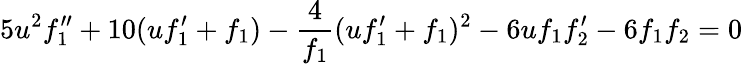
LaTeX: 5u^{2}f_{1}^{\prime\prime}+10(uf_{1}^{\prime}+f_{1})-\frac{4}{f_{1}}(uf_{1}^{\prime}+f_{1})^{2}-6uf_{1}f_{2}^{\prime}-6f_{1}f_{2}=0